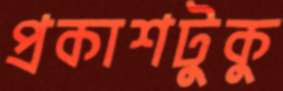
প্রকাশটুকু